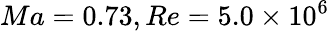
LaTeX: Ma=0.73,Re=5.0\times 10^{6}